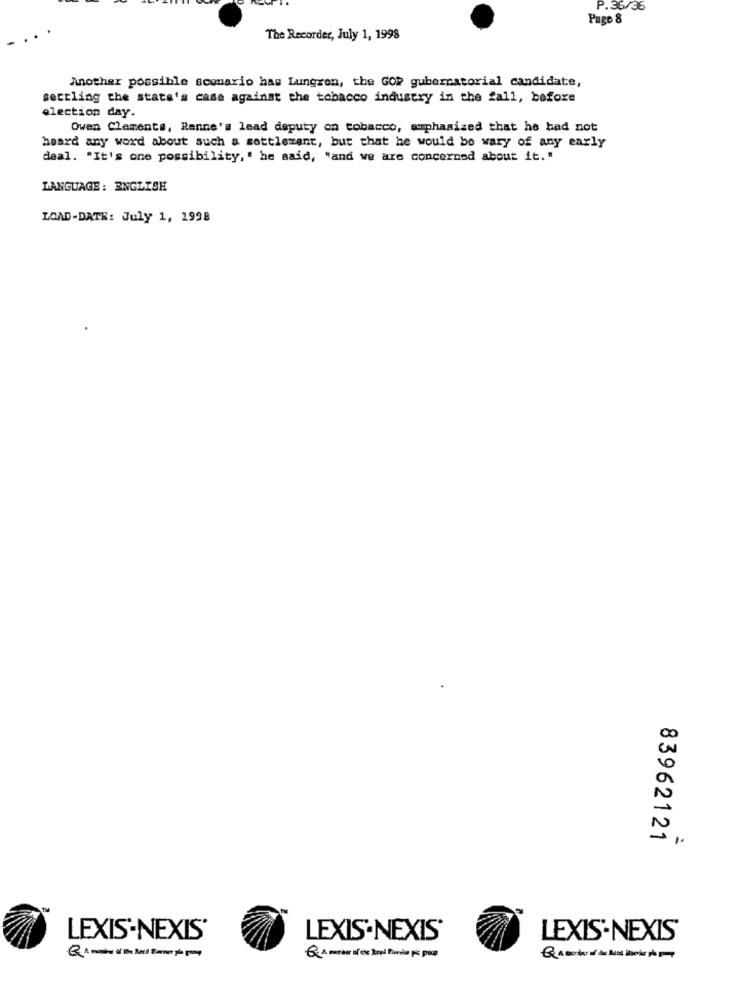
P.36/35
Page 8
The Recorder, July 1, 1998
Another possible scomario has Lungren, the GOR gubernatorial candidate,
sectling the state's case against the tobacco industry in the fall, before
election day.
Owen Clements, Renne's lead deputy on tobacco, emphasized that he had not
heard any word about such a sottlerant, but that he would be wary of any early
deal. "It's one possibility, " he said, "and we are concerned about it. "
LANGUAGE: ENGLISH
LOAD-DATE: July 1, 1998
83962121
:
LEXIS-NEXIS'
LEXIS-NEXIS'
LEXIS-NEXIS